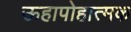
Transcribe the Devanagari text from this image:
ऊहापोहात्मक